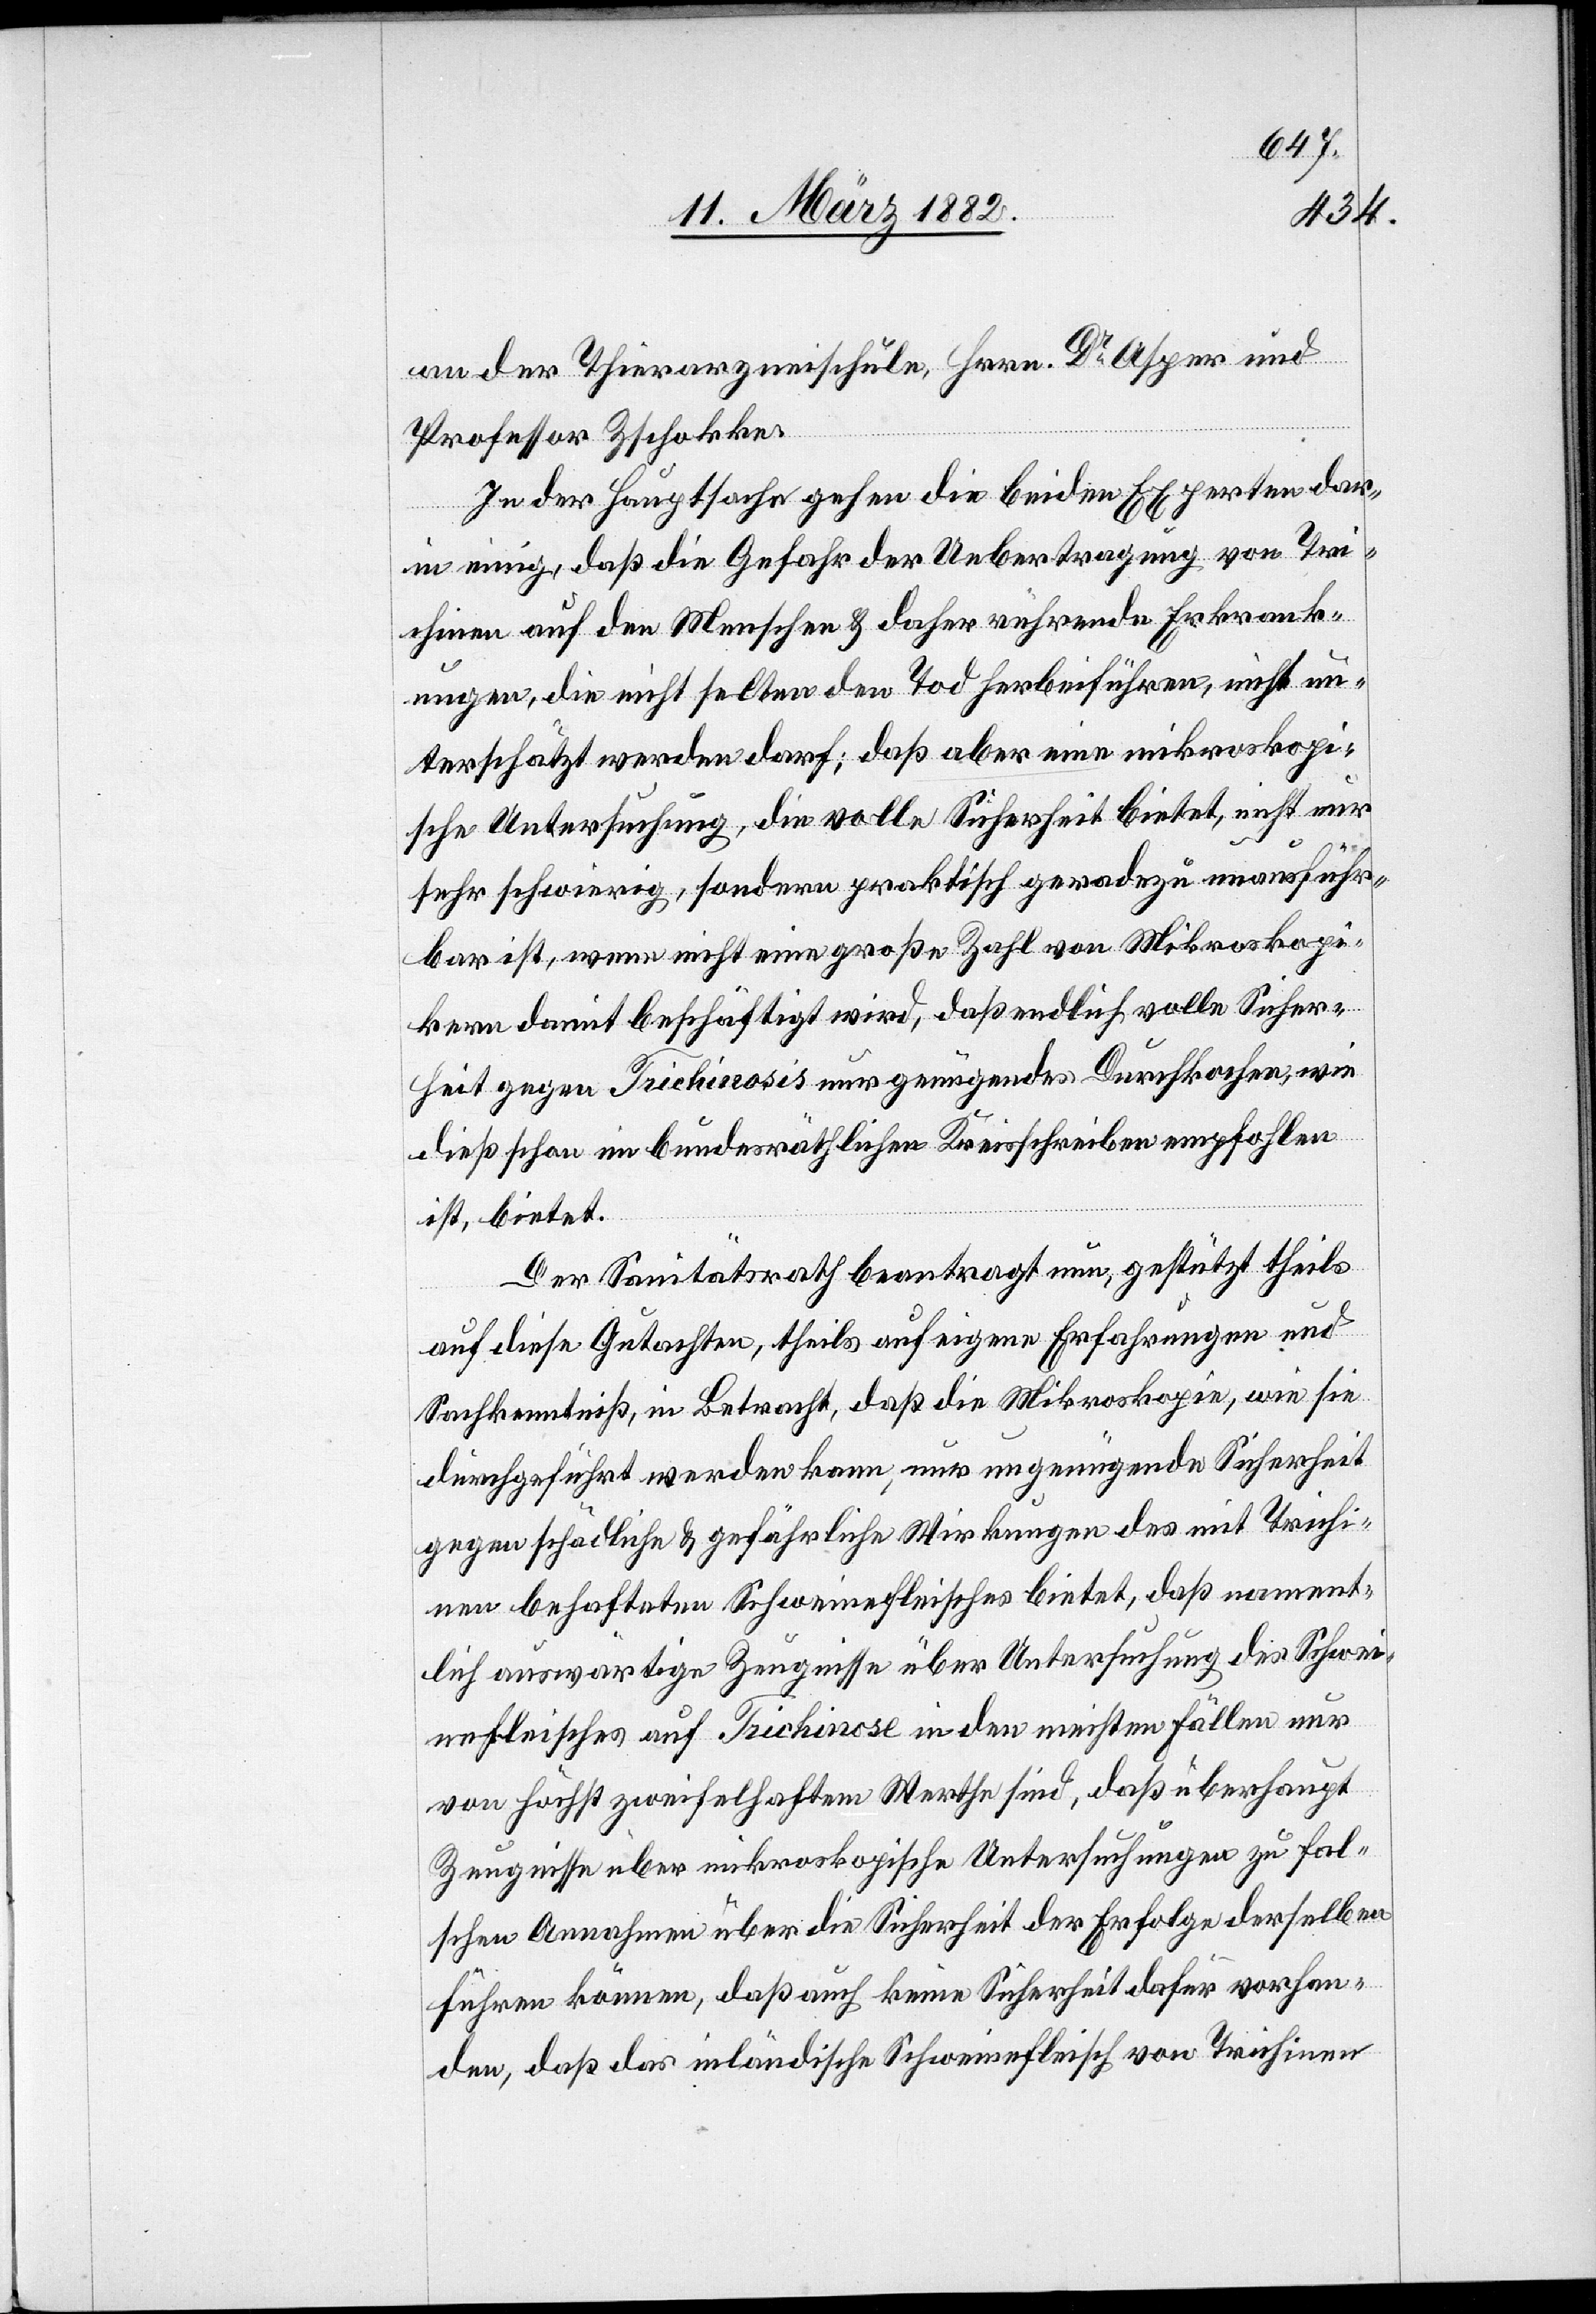
an der Thierarzneischule, Hrn. Dr Asper und
Professor Zschokke.
In der Hauptsache gehen die beiden Experten dar¬
in einig, daß die Gefahr der Uebertragung von Tri¬
chinen auf den Menschen & daher rührende Erkrank¬
ungen, die nicht selten den Tod herbeiführen, nicht un¬
terschätzt werden darf; daß aber eine mikroskopi¬
sche Untersuchung, die volle Sicherheit bietet, nicht nur
sehr schwierig, sondern praktisch geradezu unausführ¬
bar ist, wenn nicht eine große Zahl von Mikroskopi¬
kern damit beschäftigt wird, daß endlich volle Sicher¬
heit gegen Trichinosis nur genügendes Durchkochen, wie
dieß schon im bundesräthlichen Kreisschreiben empfohlen
ist, bietet.
Der Sanitätsrath beantragt neu, gestützt theils
auf diese Gutachten, theils auf eigene Erfahrungen und
Sachkenntniß, in Betracht, daß die Mikroskopie, wie sie
durchgeführt werden kann, nur ungenügende Sicherheit
gegen schädliche & gefährliche Wirkungen des mit Trichi¬
nen behaftete Schweinefleisch bietet, daß nament¬
lich auswärtige Zeugnisse über Untersuchung des Schwei¬
nefleisches auf Trichinose in den meisten Fällen nur
von höchst zweifelhaften Werthe sind, daß überhaupt
Zeugnisse über mikroskopische Untersuchungen zu fal¬
schen Annahmen über die Sicherheit der Erfolge derselben
führen können, daß auch keine Sicherheit dafür vorhan¬
den, daß das inländische Schweinefleisch von Trichinen